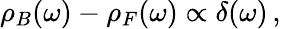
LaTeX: \rho_{B}(\omega)-\rho_{F}(\omega)\propto\delta(\omega)\, ,